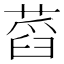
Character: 蓞